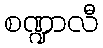
စဏ္ဍာလီ